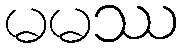
မမဿ